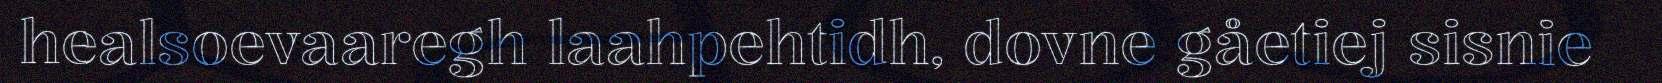
healsoevaaregh laahpehtidh, dovne gåetiej sisnie